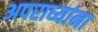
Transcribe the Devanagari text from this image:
अपराध्यांना